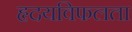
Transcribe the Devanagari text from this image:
हृदयविफलता